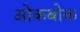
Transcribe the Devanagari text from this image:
ओकबोक